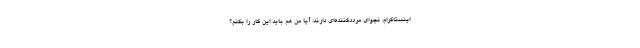
اینستاگرام، نجوای مرددکننده‌ای دارند: آیا من هم باید این کار را بکنم؟